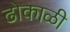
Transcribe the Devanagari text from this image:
ढोकाळी